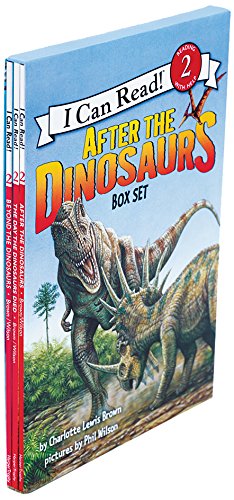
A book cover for After the Dinosaurs Box Set: After the Dinosaurs, Beyond the Dinosaurs, The Day the Dinosaurs Died (I Can Read Level 2); Charlotte Lewis Brown; Children's Books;